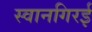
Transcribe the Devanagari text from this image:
स्वानगिरई